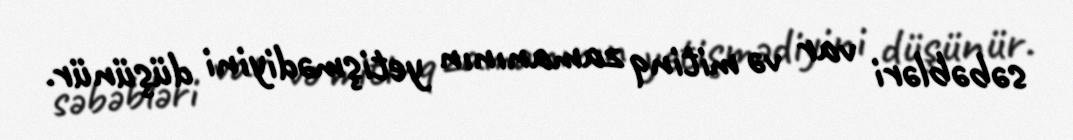
səbəbləri var və mitinq zamanının yetişmədiyini düşünür.